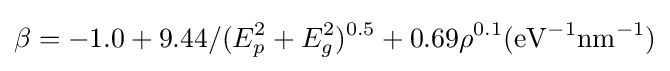
\beta =-1.0+9.44/(E_{p}^{2}+E_{g}^{2})^{0.5}+0.69\rho ^{0.1}(\mathrm {eV^{-1}} \mathrm {nm^{-1}} )